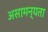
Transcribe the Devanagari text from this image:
असामन्यता